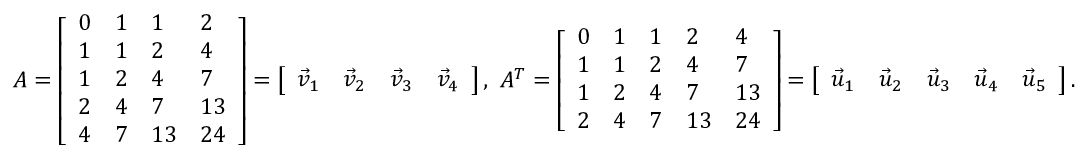
\begin{array} { r } { A = \left[ \begin{array} { l l l l } { 0 } & { 1 } & { 1 } & { 2 } \\ { 1 } & { 1 } & { 2 } & { 4 } \\ { 1 } & { 2 } & { 4 } & { 7 } \\ { 2 } & { 4 } & { 7 } & { 1 3 } \\ { 4 } & { 7 } & { 1 3 } & { 2 4 } \end{array} \right] = \left[ \begin{array} { l l l l } { \vec { v } _ { 1 } } & { \vec { v } _ { 2 } } & { \vec { v } _ { 3 } } & { \vec { v } _ { 4 } } \end{array} \right] , \ A ^ { T } = \left[ \begin{array} { l l l l l } { 0 } & { 1 } & { 1 } & { 2 } & { 4 } \\ { 1 } & { 1 } & { 2 } & { 4 } & { 7 } \\ { 1 } & { 2 } & { 4 } & { 7 } & { 1 3 } \\ { 2 } & { 4 } & { 7 } & { 1 3 } & { 2 4 } \end{array} \right] = \left[ \begin{array} { l l l l l } { \vec { u } _ { 1 } } & { \vec { u } _ { 2 } } & { \vec { u } _ { 3 } } & { \vec { u } _ { 4 } } & { \vec { u } _ { 5 } } \end{array} \right] . } \end{array}